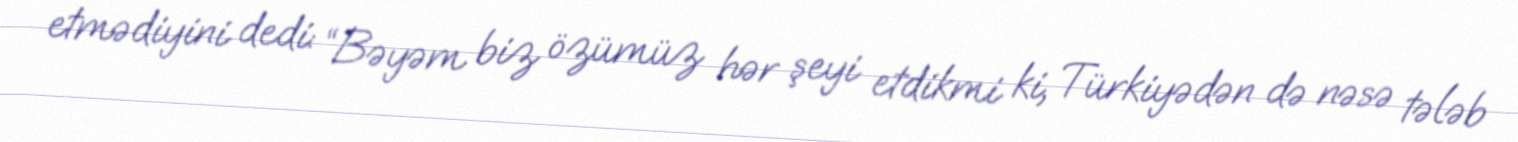
etmədiyini dedi: “Bəyəm biz özümüz hər şeyi etdikmi ki, Türkiyədən də nəsə tələb